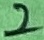
Text: 2